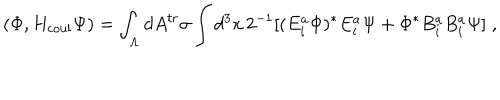
( \Phi , H _ { \mathrm { c o u l } } \Psi ) = \int _ { \Lambda } d A ^ { t r } \sigma \int d ^ { 3 } x \, 2 ^ { - 1 } [ ( E _ { i } ^ { a } \Phi ) ^ { * } E _ { i } ^ { a } \Psi + \Phi ^ { * } B _ { i } ^ { a } B _ { i } ^ { a } \Psi ] \; \mathrm { , }